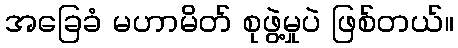
အခြေခံ မဟာမိတ် စုဖွဲ့မှုပဲ ဖြစ်တယ်။